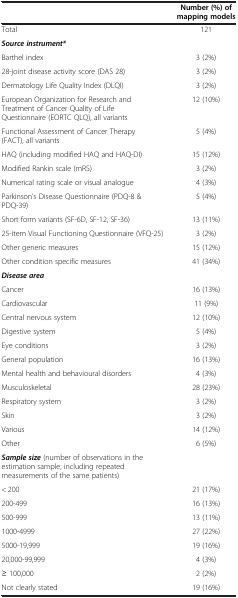
<table><thead><tr><td><b> </b></td><td><b>Number (%) of mapping models</b></td></tr></thead><tbody><tr><td>Total</td><td>121</td></tr><tr><td colspan="2"><b><i>Source instrument*</i></b></td></tr><tr><td>Barthel index</td><td>3 (2%)</td></tr><tr><td>28-joint disease activity score (DAS 28)</td><td>3 (2%)</td></tr><tr><td>Dermatology Life Quality Index (DLQI)</td><td>3 (2%)</td></tr><tr><td>European Organization for Research and Treatment of Cancer Quality of Life Questionnaire (EORTC QLQ), all variants</td><td>12 (10%)</td></tr><tr><td>Functional Assessment of Cancer Therapy (FACT), all variants</td><td>5 (4%)</td></tr><tr><td>HAQ (including modified HAQ and HAQ-DI)</td><td>15 (12%)</td></tr><tr><td>Modified Rankin scale (mRS)</td><td>3 (2%)</td></tr><tr><td>Numerical rating scale or visual analogue</td><td>4 (3%)</td></tr><tr><td>Parkinson’s Disease Questionnaire (PDQ-8 &amp; PDQ-39)</td><td>5 (4%)</td></tr><tr><td>Short form variants (SF-6D, SF-12, SF-36)</td><td>13 (11%)</td></tr><tr><td>25-item Visual Functioning Questionnaire (VFQ-25)</td><td>3 (2%)</td></tr><tr><td>Other generic measures</td><td>15 (12%)</td></tr><tr><td>Other condition specific measures</td><td>41 (34%)</td></tr><tr><td colspan="2"><b><i>Disease area</i></b></td></tr><tr><td>Cancer</td><td>16 (13%)</td></tr><tr><td>Cardiovascular</td><td>11 (9%)</td></tr><tr><td>Central nervous system</td><td>12 (10%)</td></tr><tr><td>Digestive system</td><td>5 (4%)</td></tr><tr><td>Eye conditions</td><td>3 (2%)</td></tr><tr><td>General population</td><td>16 (13%)</td></tr><tr><td>Mental health and behavioural disorders</td><td>4 (3%)</td></tr><tr><td>Musculoskeletal</td><td>28 (23%)</td></tr><tr><td>Respiratory system</td><td>3 (2%)</td></tr><tr><td>Skin</td><td>3 (2%)</td></tr><tr><td>Various</td><td>14 (12%)</td></tr><tr><td>Other</td><td>6 (5%)</td></tr><tr><td><b><i>Sample size</i></b> (number of observations in the estimation sample, including repeated measurements of the same patients)</td><td> </td></tr><tr><td>&lt; 200</td><td>21 (17%)</td></tr><tr><td>200-499</td><td>16 (13%)</td></tr><tr><td>500-999</td><td>13 (11%)</td></tr><tr><td>1000-4999</td><td>27 (22%)</td></tr><tr><td>5000-19,999</td><td>19 (16%)</td></tr><tr><td>20,000-99,999</td><td>4 (3%)</td></tr><tr><td>≥ 100,000</td><td>2 (2%)</td></tr><tr><td>Not clearly stated</td><td>19 (16%)</td></tr></tbody></table>